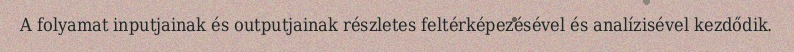
A folyamat inputjainak és outputjainak részletes feltérképezésével és analízisével kezdődik.